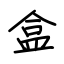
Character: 盒